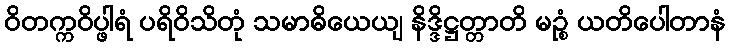
ဝိတက္ကဝိပ္ဖါရံ ပရိဝိသိတုံ သမာဓိယေယျ နိဒ္ဒိဋ္ဌတ္တာတိ မဉ္စံ ယတိပေါတာနံ